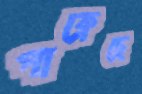
পাক্‌লেছে